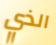
الذي